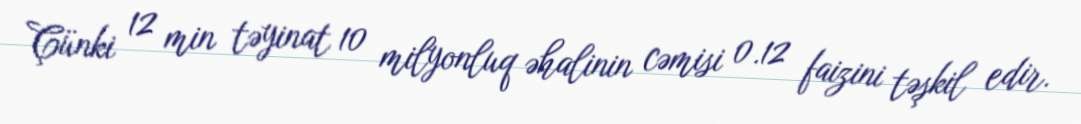
Çünki 12 min təyinat 10 milyonluq əhalinin cəmisi 0.12 faizini təşkil edir.